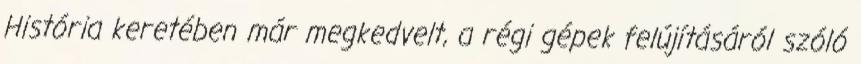
História keretében már megkedvelt, a régi gépek felújításáról szóló